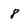
Character: 8